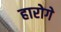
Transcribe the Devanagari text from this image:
हारोगे